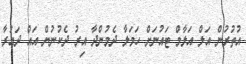
އުތުރުން އަލް އަލާމް ޓައުނަށް ހަމަލާ ދެމުންދާ އިރު ދެކުނުން އައް ދައުރާ